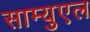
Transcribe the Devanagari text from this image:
साम्युएल